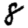
Digit: 8